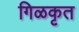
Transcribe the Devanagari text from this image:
गिळकृत